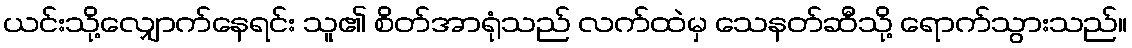
ယင်းသို့လျှောက်နေရင်း သူ၏ စိတ်အာရုံသည် လက်ထဲမှ သေနတ်ဆီသို့ ရောက်သွားသည်။